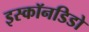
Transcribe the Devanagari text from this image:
इस्कॉनडिडो